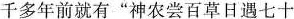
千多年前就有”神农尝百草日遇七十